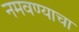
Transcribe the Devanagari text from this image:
नमवण्याचा